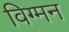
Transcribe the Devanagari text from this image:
विग्मन